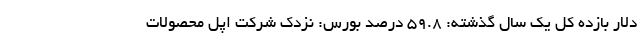
دلار بازده کل یک سال گذشته: ۵۹.۸ درصد بورس: نزدک شرکت اپل محصولات